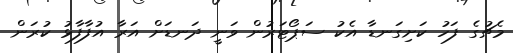
މެޗުގެ ފަހު ކަށިގަނޑާ އެކު ސަޕޯޓަރުން ވަނީ ދަނޑަށް އަރާ އުފާފާޅު ކުރަން